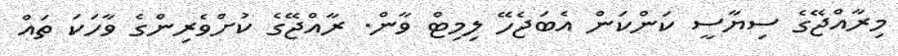
މިރާއްޖޭގެ ސިޔާސީ ކަންކަން އެބަޖެހޭ ލިމިޓް ވާން. ރާއްޖޭގެ ކުށްވެރިންގެ ވާހަކަ ތައް